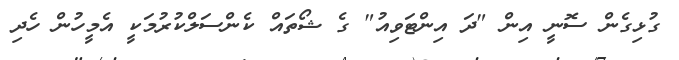
ގުޅިގެން ސޮނީ އިން "ދަ އިންޓަވިއު" ގެ ޝޯތައް ކެންސަލްކުރުމަކީ އެމީހުން ހެދި